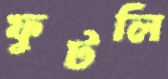
ফুটলি